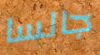
جالسا